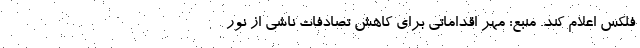
فلکس اعلام کند. منبع: مهر اقداماتی برای کاهش تصادفات ناشی از نور